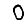
Digit: 0